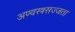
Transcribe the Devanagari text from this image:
अण्वस्त्रसज्जता